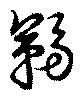
靿